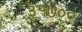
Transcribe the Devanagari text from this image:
३१७००